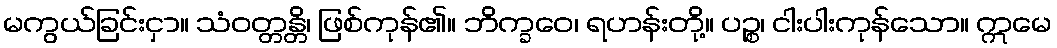
မကွယ်ခြင်းငှာ။ သံဝတ္တန္တိ၊ ဖြစ်ကုန်၏။ ဘိက္ခဝေ၊ ရဟန်းတို့။ ပဉ္စ၊ ငါးပါးကုန်သော။ ဣမေ